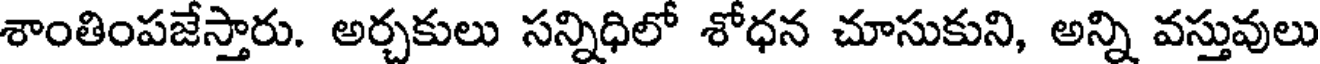
శాంతింపజేస్తారు. అర్చకులు సన్నిధిలో శోధన చూసుకుని, అన్ని వస్తువులు